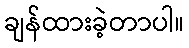
ချန်ထားခဲ့တာပါ။